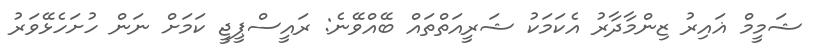
ޝަމީމް ޣައިރު ޒިންމާދާރު އެކަމަކު ޝަރީއަތްތައް ބޭއްވޭނެ: ރައީސްޕީޖީ ކަމަށް ނަން ހުށަހެޅޭވަަރު